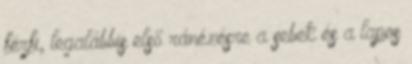
férfi, legalábbis első ránézésre a sebek és a lapos